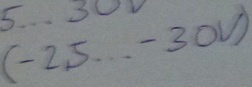
Text: (-25...-30V)